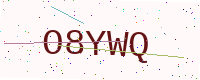
Text: O8YWQ